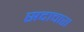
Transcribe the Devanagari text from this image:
सदाचारा